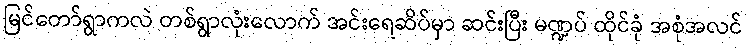
မြင်တော်ရွာကလဲ တစ်ရွာလုံးလောက် အင်းရေဆိပ်မှာ ဆင်းပြီး မဏ္ဍပ် ထိုင်ခုံ အစုံအလင်